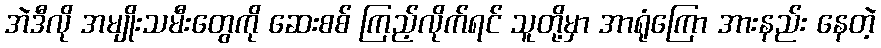
အဲဒီလို အမျိုးသမီးတွေကို ဆေးစစ် ကြည့်လိုက်ရင် သူတို့မှာ အာရုံကြော အားနည်း နေတဲ့